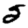
Digit: 5